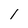
Character: 1